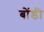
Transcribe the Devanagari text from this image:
बोंडी